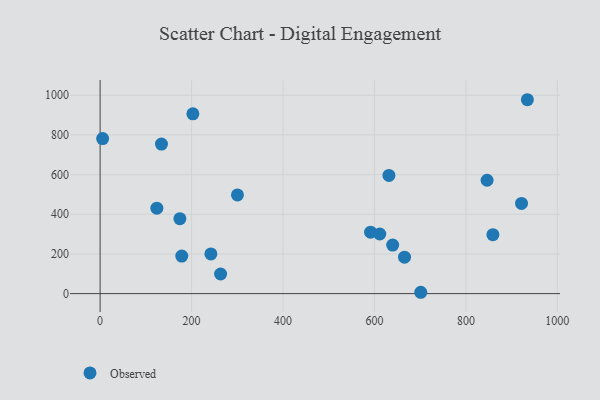
{"axis": {"x": "Distance", "y": "Sales"}, "legend": ["Observed"], "data": [{"x": "242.3", "y": 200.1, "type": "Observed"}, {"x": "921.7", "y": 454.5, "type": "Observed"}, {"x": "631.7", "y": 595.8, "type": "Observed"}, {"x": "859.1", "y": 297.3, "type": "Observed"}, {"x": "124.1", "y": 430.7, "type": "Observed"}, {"x": "665.8", "y": 183.6, "type": "Observed"}, {"x": "591.6", "y": 310.0, "type": "Observed"}, {"x": "178.6", "y": 189.4, "type": "Observed"}, {"x": "300.4", "y": 497.4, "type": "Observed"}, {"x": "134.2", "y": 753.7, "type": "Observed"}, {"x": "611.7", "y": 300.7, "type": "Observed"}, {"x": "639.9", "y": 244.7, "type": "Observed"}, {"x": "934.5", "y": 977.5, "type": "Observed"}, {"x": "263.5", "y": 98.9, "type": "Observed"}, {"x": "701.3", "y": 6.8, "type": "Observed"}, {"x": "5.5", "y": 781.8, "type": "Observed"}, {"x": "202.9", "y": 906.5, "type": "Observed"}, {"x": "846.4", "y": 571.5, "type": "Observed"}, {"x": "174.5", "y": 377.9, "type": "Observed"}]}